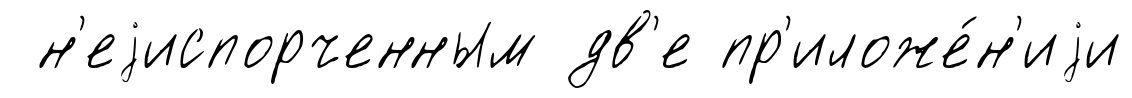
н'еjиспорченным дв'е пр'иложе́н'иjи